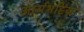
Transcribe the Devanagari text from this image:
आर्यभट्टिया